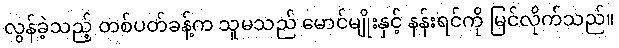
လွန်ခဲ့သည့် တစ်ပတ်ခန့်က သူမသည် မောင်မျိုးနှင့် နန်းရင်ကို မြင်လိုက်သည်။